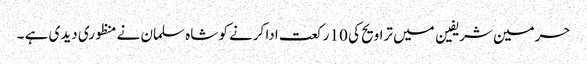
حرمین شریفین میں تراویح کی 10 رکعت ادا کرنے کو شاہ سلمان نے منظوری دیدی ہے ۔